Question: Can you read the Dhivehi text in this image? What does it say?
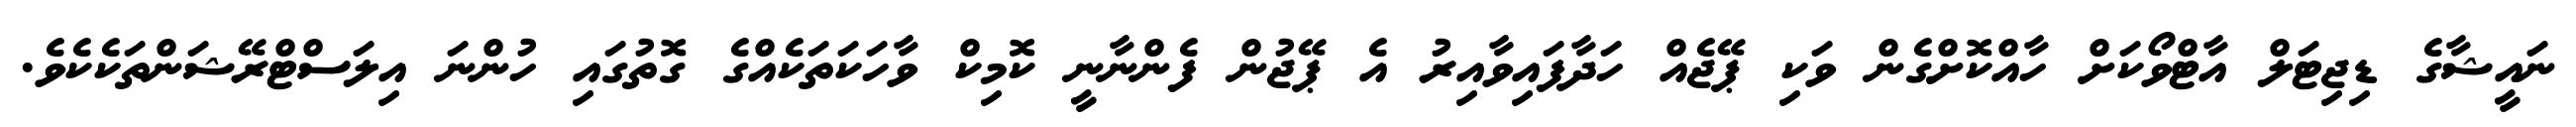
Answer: ނައީޝާގެ ޑިޖިޓަލް އާޓްވޯކަށް ހާއްކޮށްގެން ވަކި ޕޭޖެއް ހަދާފައިވާއިރު އެ ޕޭޖުން ފެންނާނީ ކޮމިކް ވާހަކަތަކެއްގެ ގޮތުގައި ހުންނަ އިލަސްޓްރޭޝަންތަކެކެވެ.